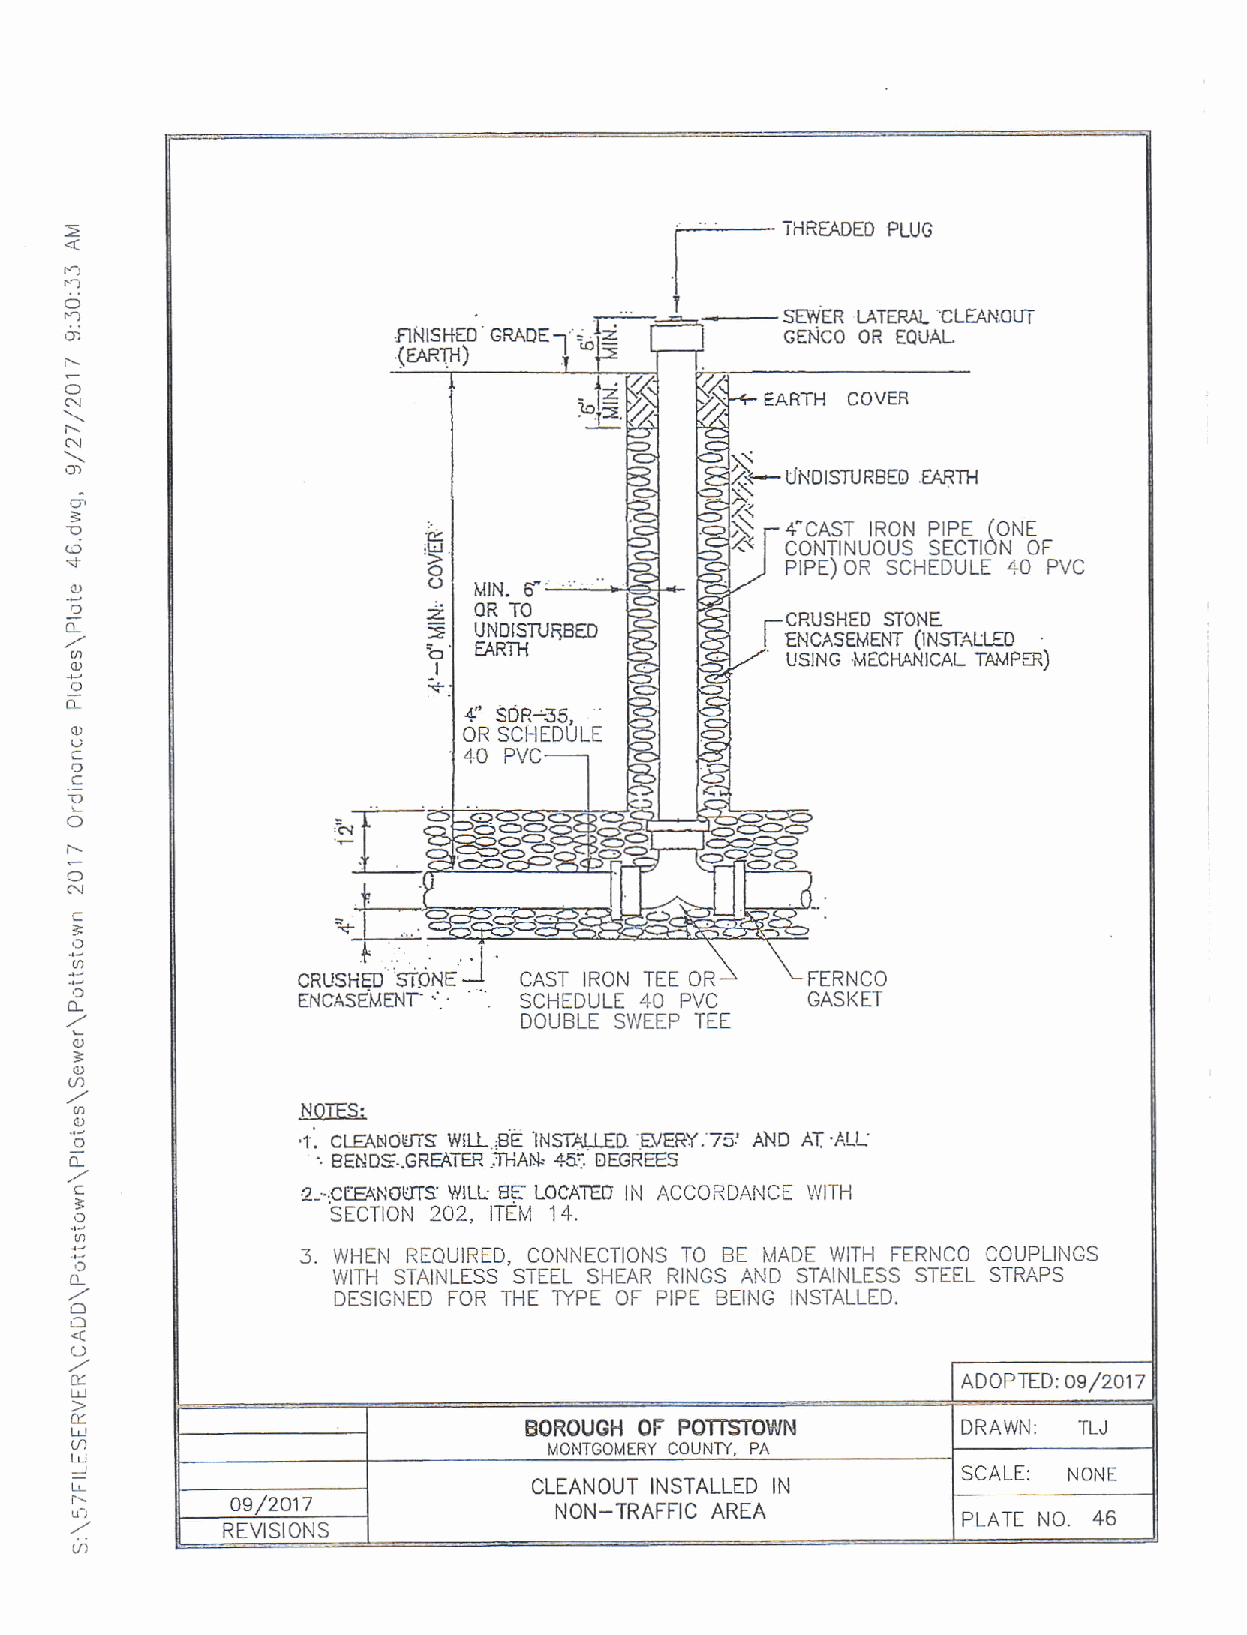
THRF}DEO PLUG
 .:1
 SEY./ER LATEP"AL CLEAN.OUT
 ')                    .RNISI-fEO GRADE          cEtico OR EQUAL
 t\
 (\
 COVER
 i\
 N
 o)
 UNOISTURBEO,EqRTH
 6
 o=                      'e.                     {CAST IRON PIPE (ONE
 (D                      .ti-l                   CONTINUOUS SECTION OF
 o                       PIPE) OR SCHEDULE 40 PVC
 .6                         MrN. 6"'
 d                       z. OR TO                CRUSHED SIONE
 UNOISTURBED          ENCASEMENT (lNsIALLEO
 o  EARTH                USING MACHANICAL IAVFS)
 ()                     -l
 o
 OR SCHIDULE
 D=
 .t
 C)
 t-
 O
 c
 ,)
 I
 ':a                          CAST IRON TEE OR    FERNCO
 o-                           SCHTDULT 40 PV TC it GASK ET
 DOUBLE SU/EEP
 3
 a
 NOTES:
 ''o            '1. CLE{NOIJTS WILL .BE INSTALIED. 75: AND AT .ALL
 o-              . BEn'DS..GREATER .THAN 45i EEGRE€S
 "EVERY.
 c              2jCTEANOUTS Y/ILL EE LOCATEO IN ACCORDANICT IVITH
 ,3 :)            sEcTloN 202, lTEr'/ 14.
 3. \,^/I] EN REQUIRTD, CONNECTIONS TO BE MADE WITH FTRNCO COUPLINGS
 ,:)
 o_               WITH STAINLESS STIEL SHEAR RINGS AND STAINLESS STEEL STRAPS
 -                DESIGNED FOR THE ryPE OF PIPE BEING INSTALLED.
 a
 (_)
 eooerro, osTzor z
 I
 tL.                           BOROUGH OF POTSTOWN          DRAWN; TLJ
 tar..l
 MONIGOMERY COUNTY. PA
 _i                                                         SCALE;
 NONE
 CLEANOUT INSTALLED IN
 afs       09 /2017              NON_TRAFFIC AREA           PLATE NO. 46
 RTVISIONS